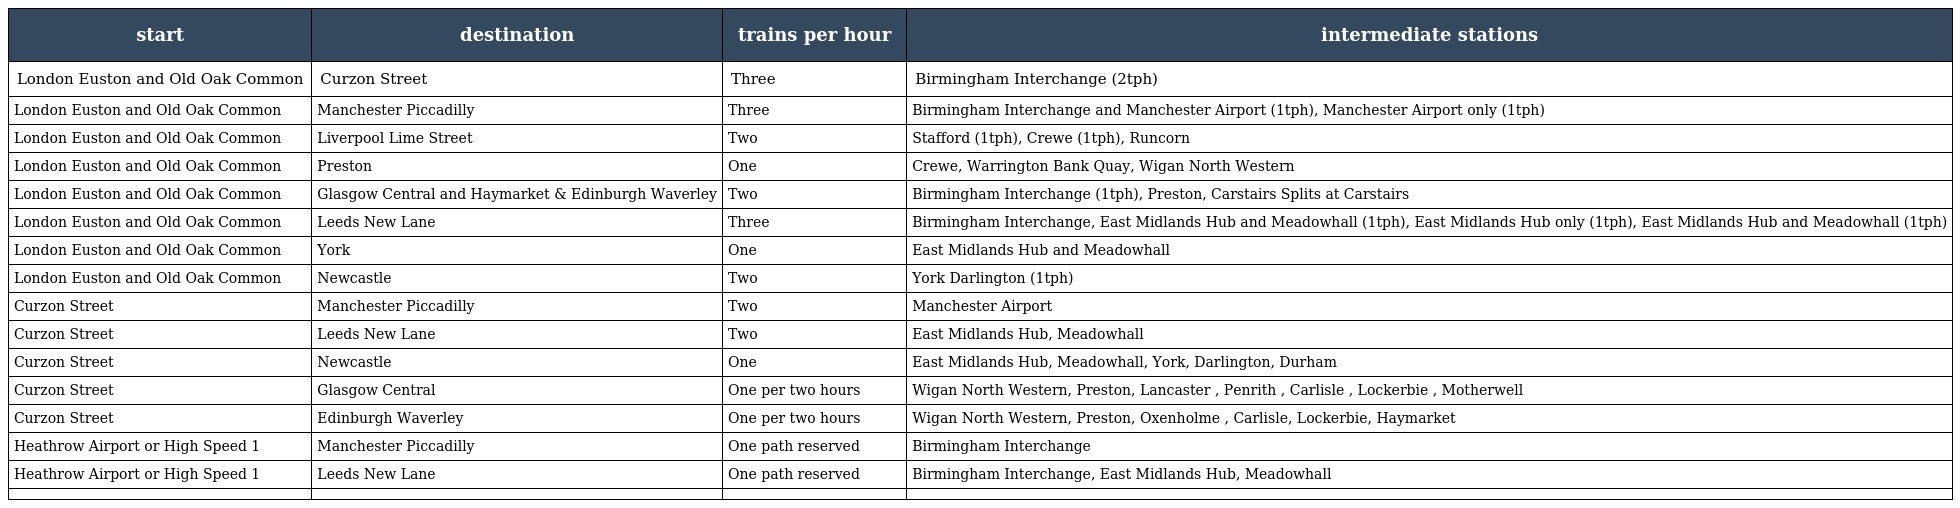
| start | destination | trains per hour | intermediate stations |
 | --- | --- | --- | --- |
 | London Euston and Old Oak Common | Curzon Street | Three | Birmingham Interchange (2tph) |
 | London Euston and Old Oak Common | Manchester Piccadilly | Three | Birmingham Interchange and Manchester Airport (1tph), Manchester Airport only (1tph) |
 | London Euston and Old Oak Common | Liverpool Lime Street | Two | Stafford (1tph), Crewe (1tph), Runcorn |
 | London Euston and Old Oak Common | Preston | One | Crewe, Warrington Bank Quay, Wigan North Western |
 | London Euston and Old Oak Common | Glasgow Central and Haymarket & Edinburgh Waverley | Two | Birmingham Interchange (1tph), Preston, Carstairs Splits at Carstairs |
 | London Euston and Old Oak Common | Leeds New Lane | Three | Birmingham Interchange, East Midlands Hub and Meadowhall (1tph), East Midlands Hub only (1tph), East Midlands Hub and Meadowhall (1tph) |
 | London Euston and Old Oak Common | York | One | East Midlands Hub and Meadowhall |
 | London Euston and Old Oak Common | Newcastle | Two | York Darlington (1tph) |
 | Curzon Street | Manchester Piccadilly | Two | Manchester Airport |
 | Curzon Street | Leeds New Lane | Two | East Midlands Hub, Meadowhall |
 | Curzon Street | Newcastle | One | East Midlands Hub, Meadowhall, York, Darlington, Durham |
 | Curzon Street | Glasgow Central | One per two hours | Wigan North Western, Preston, Lancaster , Penrith , Carlisle , Lockerbie , Motherwell |
 | Curzon Street | Edinburgh Waverley | One per two hours | Wigan North Western, Preston, Oxenholme , Carlisle, Lockerbie, Haymarket |
 | Heathrow Airport or High Speed 1 | Manchester Piccadilly | One path reserved | Birmingham Interchange |
 | Heathrow Airport or High Speed 1 | Leeds New Lane | One path reserved | Birmingham Interchange, East Midlands Hub, Meadowhall |
 |  |  |  |  |